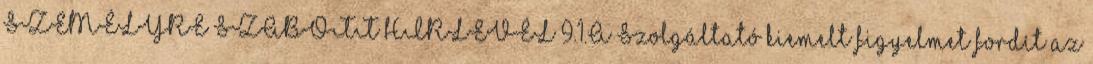
SZEMÉLYRE SZABOTT HÍRLEVÉL 9.1.A Szolgáltató kiemelt figyelmet fordít az